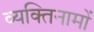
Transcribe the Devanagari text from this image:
व्यक्‍तिनामों